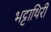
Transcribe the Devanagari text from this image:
भट्टाथिरी